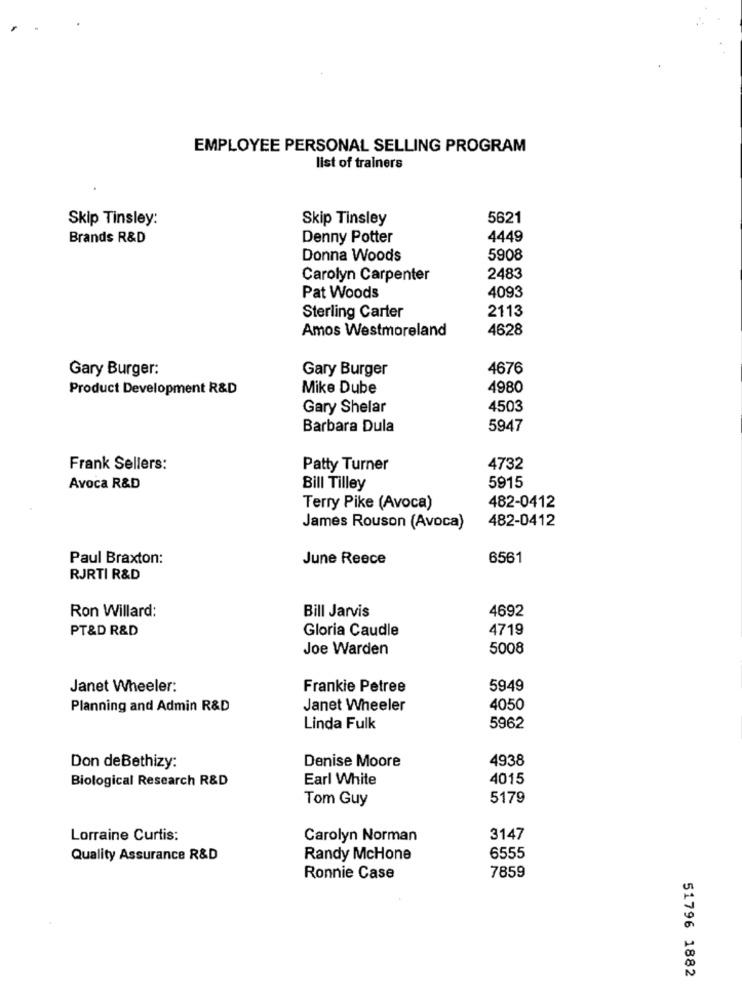
EMPLOYEE PERSONAL SELLING PROGRAM
list of trainers
Skip Tinsley:
Skip Tinsley
5621
Brands R&D
Denny Potter
4449
Donna Woods
5908
Carolyn Carpenter
2483
4093
Pat Woods
2113
Sterling Carter
Amos Westmoreland
4628
Gary Burger:
Gary Burger
4676
Product Development R&D
Mike Dube
4980
Gary Shelar
4503
Barbara Dula
5947
Frank Sellers:
Patty Turner
4732
Avoca R&D
Bill Tilley
5915
Terry Pike (Avoca)
482-0412
482-0412
James Rouson (Avoca)
Paul Braxton:
June Reece
6561
RJRTI R&D
Ron Willard:
4692
Bill Jarvis
PT&D R&D
Gloria Caudle
4719
Joe Warden
5008
Janet Wheeler:
Frankie Petree
5949
Planning and Admin R&D
Janet Wheeler
4050
Linda Fulk
5962
4938
Don deBethizy:
Denise Moore
Biological Research R&D
Earl White
4015
Tom Guy
5179
Lorraine Curtis:
Carolyn Norman
3147
Quality Assurance R&D
Randy McHone
6555
7859
Ronnie Case
51796 1882